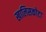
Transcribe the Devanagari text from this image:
खालिसकोटा